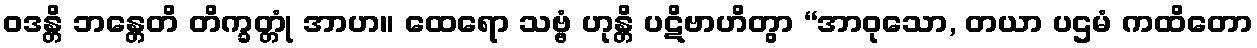
ဝဒန္တိ ဘန္တေတိ တိက္ခတ္တုံ အာဟ။ ထေရော သဗ္ဗံ ဟုန္တိ ပဋိဗာဟိတွာ “အာဝုသော, တယာ ပဌမံ ကထိတော